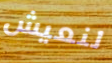
لنعيش